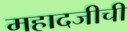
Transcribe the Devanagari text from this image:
महादजीची